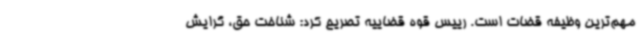
مهم‌ترین وظیفه قضات است. رییس قوه قضاییه تصریح کرد: شناخت حق، گرایش